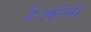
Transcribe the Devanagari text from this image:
है।करेला